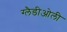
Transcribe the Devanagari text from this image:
ग्‍लैडीओली